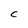
Character: C